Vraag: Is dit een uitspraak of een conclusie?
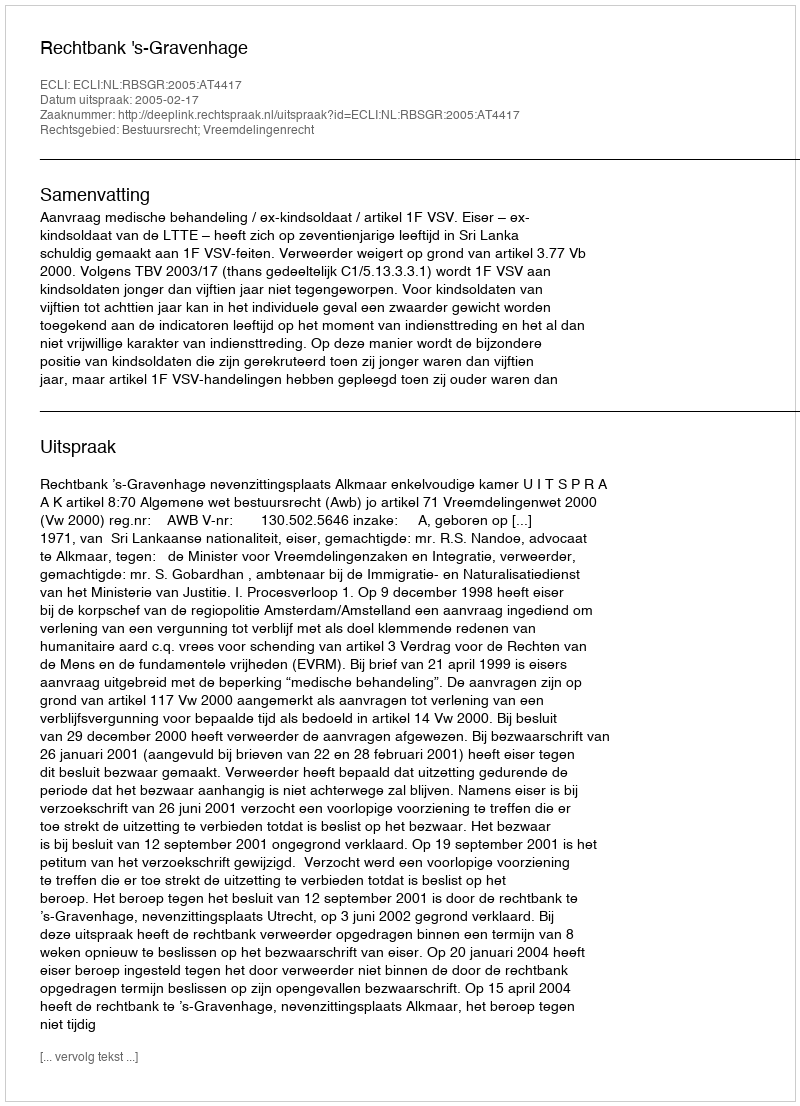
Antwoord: Uitspraak